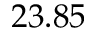
2 3 . 8 5